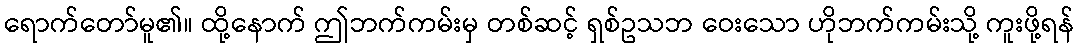
ရောက်တော်မူ၏။ ထို့နောက် ဤဘက်ကမ်းမှ တစ်ဆင့် ရှစ်ဥသဘ ဝေးသော ဟိုဘက်ကမ်းသို့ ကူးဖို့ရန်